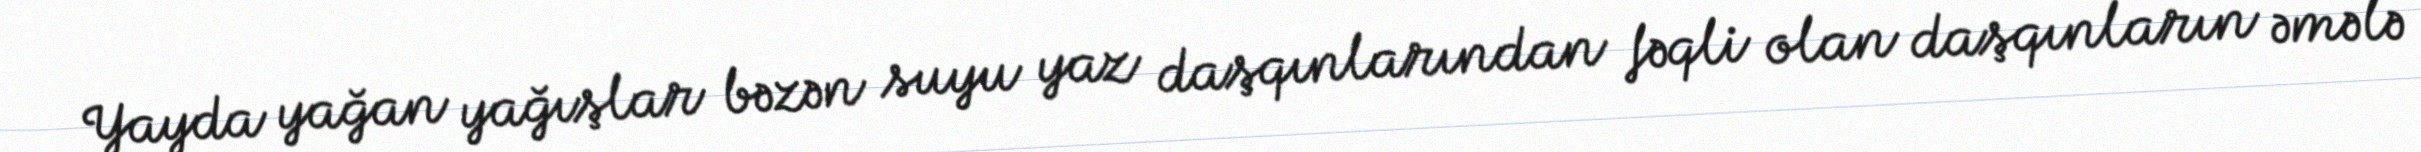
Yayda yağan yağışlar bəzən suyu yaz daşqınlarından fəqli olan daşqınların əmələ